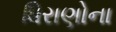
ધિરાણોના